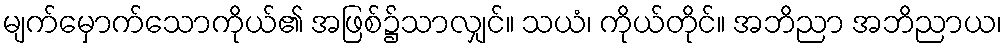
မျက်မှောက်သောကိုယ်၏ အဖြစ်၌သာလျှင်။ သယံ၊ ကိုယ်တိုင်။ အဘိညာ အဘိညာယ၊